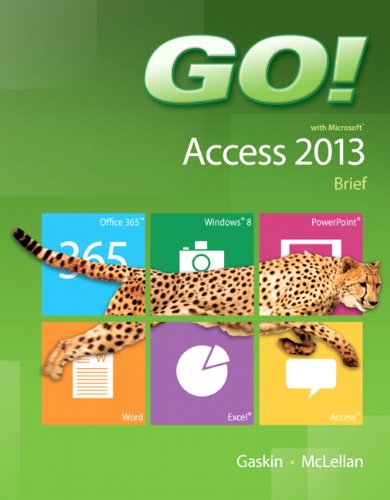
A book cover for GO! with Microsoft Access 2013 Brief; Shelley Gaskin; Computers & Technology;